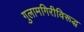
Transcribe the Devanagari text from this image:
गुलामगिरीविरूद्ध